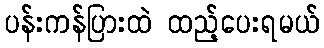
ပန်းကန်ပြားထဲ ထည့်ပေးရမယ်